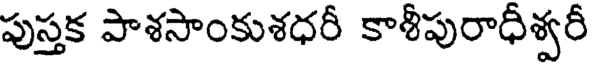
పుస్తక పాశసాంకుశధరీ కాశీపురాధీశ్వరీ